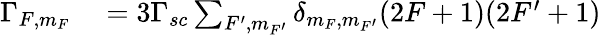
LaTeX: \begin{array}{r}{\begin{array}{rl}{\Gamma_{F,m_{F}}}&{{}=3\Gamma_{sc}\sum_{F^{\prime},m_{F^{\prime}}}\delta_{m_{F},m_{F^{\prime}}}(2F+1)(2F^{\prime}+1)}\end{array}}\end{array}